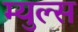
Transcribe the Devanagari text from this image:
म्युल्स